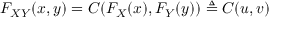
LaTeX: F _ { X Y } ( x , y ) = C ( F _ { X } ( x ) , F _ { Y } ( y ) ) \triangleq C ( u , v )